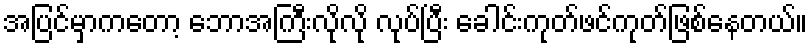
အပြင်မှာကတော့ ဘောအကြီးလိုလို လုပ်ပြီး ခေါင်းကုတ်ဖင်ကုတ်ဖြစ်နေတယ်။